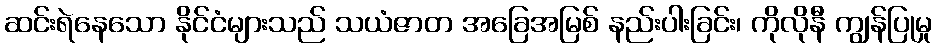
ဆင်းရဲနေသော နိုင်ငံများသည် သယံဇာတ အခြေအမြစ် နည်းပါးခြင်း၊ ကိုလိုနီ ကျွန်ပြုမှု